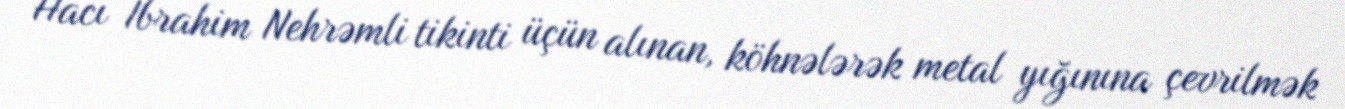
Hacı İbrahim Nehrəmli tikinti üçün alınan, köhnələrək metal yığınına çevrilmək